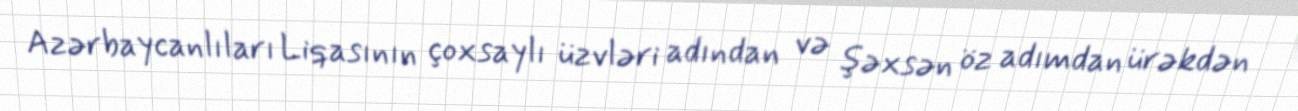
Azərbaycanlıları Liqasının çoxsaylı üzvləri adından və şəxsən öz adımdan ürəkdən